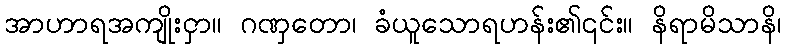
အာဟာရအကျိုးငှာ။ ဂဏှတော၊ ခံယူသောရဟန်း၏၎င်း။ နိရာမိသာနိ၊